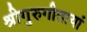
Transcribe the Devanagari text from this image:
श्रीगुरुगीतायां